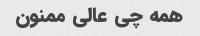
همه چى عالى ممنون